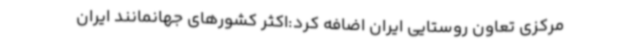
مرکزی تعاون روستایی ایران اضافه کرد:اکثر کشورهای جهانمانند ایران